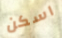
اسكن